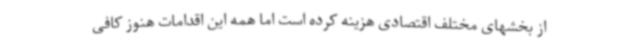
از بخشهای مختلف اقتصادی هزینه کرده است اما همه این اقدامات هنوز کافی